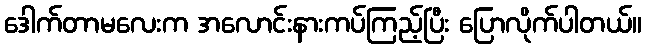
ဒေါက်တာမလေးက အလောင်းနားကပ်ကြည့်ပြီး ပြောလိုက်ပါတယ်။